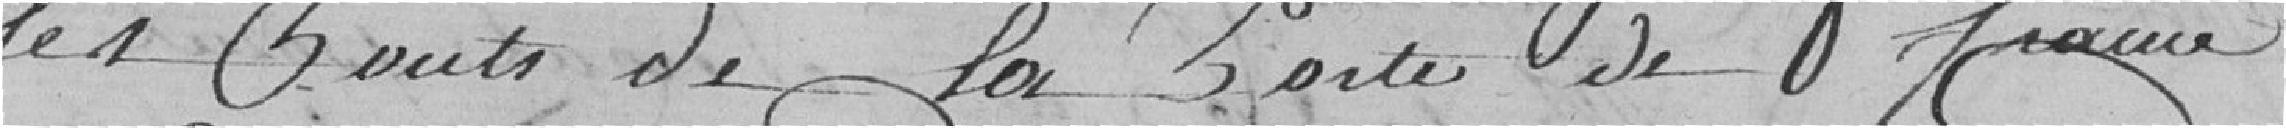
les pont de la porte de France